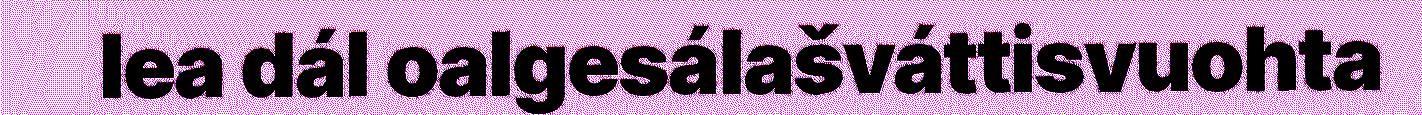
lea dál oalgesálašváttisvuohta